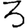
Digit: 3